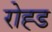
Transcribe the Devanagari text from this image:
रोह्ड